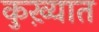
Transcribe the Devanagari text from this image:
कुख़्यात